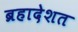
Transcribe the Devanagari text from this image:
ब्रहादेशत